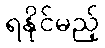
ရနိုင်မည့်